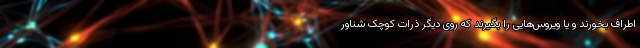
اطراف بخورند و یا ویروس‌هایی را بگیرند که روی دیگر ذرات کوچک شناور